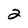
Character: 2